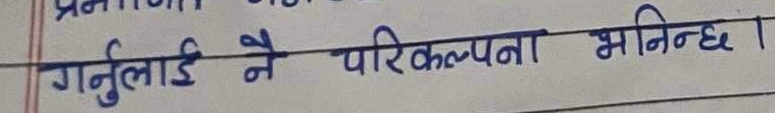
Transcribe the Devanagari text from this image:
गर्नुलाई नै परिकल्पना भनिन्छ ।